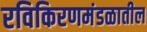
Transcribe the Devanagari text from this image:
रविकिरणमंडळातील